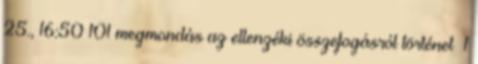
25., 16:50 ‎101 megmondás az ellenzéki összefogásról történet ‎ 1